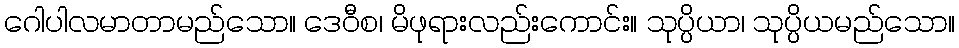
ဂေါပါလမာတာမည်သော။ ဒေဝီစ၊ မိဖုရားလည်းကောင်း။ သုပ္ပိယာ၊ သုပ္ပိယမည်သော။